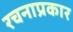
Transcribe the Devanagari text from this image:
रचनाप्रकार